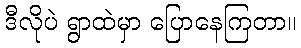
ဒီလိုပဲ ရွာထဲမှာ ပြောနေကြတာ။